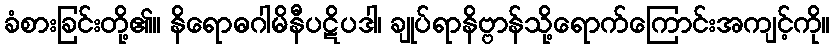
ခံစားခြင်းတို့၏။ နိရောဓဂါမိနီပဋိပဒါ၊ ချုပ်ရာနိဗ္ဗာန်သို့ရောက်ကြောင်းအကျင့်ကို။